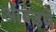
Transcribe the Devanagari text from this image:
आंबडणे